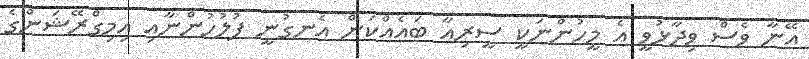
އޭނާ ވެސް ވިދާޅުވީ އެ މީހުންނަކީ ސީރިއާ ބައެއްކަން އެނގުނީ ފުލުހުންނާއި އިމިގްރޭޝަންގެ